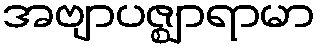
အဗျာပဇ္ဈာရာမာ